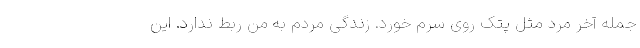
جمله آخر مرد مثل پُتک روی سرم خورد. زندگی مردم به من ربط ندارد. این